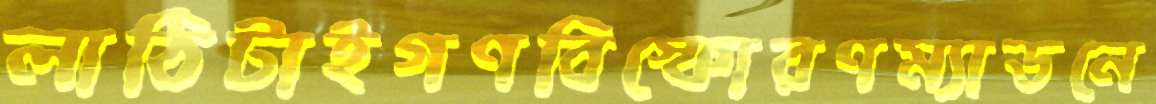
লাঠিটাইগণবিস্ফোরণম্যাডনে